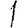
Digit: 1